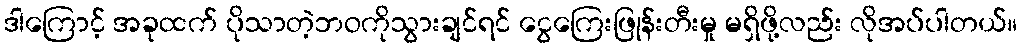
ဒါကြောင့် အခုထက် ပိုသာတဲ့ဘဝကိုသွားချင်ရင် ငွေကြေးဖြုန်းတီးမှု မရှိဖို့လည်း လိုအပ်ပါတယ်။